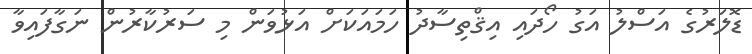
ޑޮލަރުގެ އަސްލު އަގު ހޯދައި އިޤްތިސާދު ހަމައަކަށް އަޅުވަން މި ސަރުކާރުން ނަގާފައިވާ